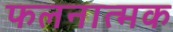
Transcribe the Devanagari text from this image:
फलनात्मक